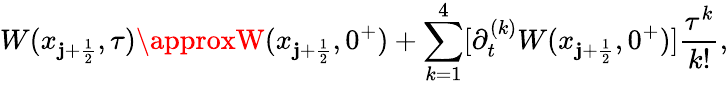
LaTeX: W(x_{\mathbf{j}+\frac{{1}}{{2}}},\tau)\approxW(x_{\mathbf{j}+\frac{{1}}{{2}}},0^{+})+\sum_{k=1}^{4}[\partial_{t}^{(k)}W(x_{\mathbf{j}+\frac{{1}}{{2}}},0^{+})]\frac{{\tau^{k}}}{{k!}},